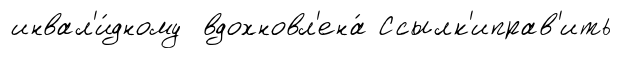
инвал'и́дному вдохновл'ена́ Ссылк'иправ'ить